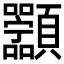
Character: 𬱑